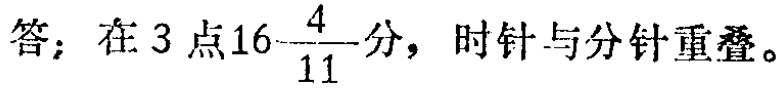
答：在\(3\)点\(16\frac{4}{11}\)分，时针与分针重叠。